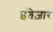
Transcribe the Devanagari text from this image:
इंतेज़ार